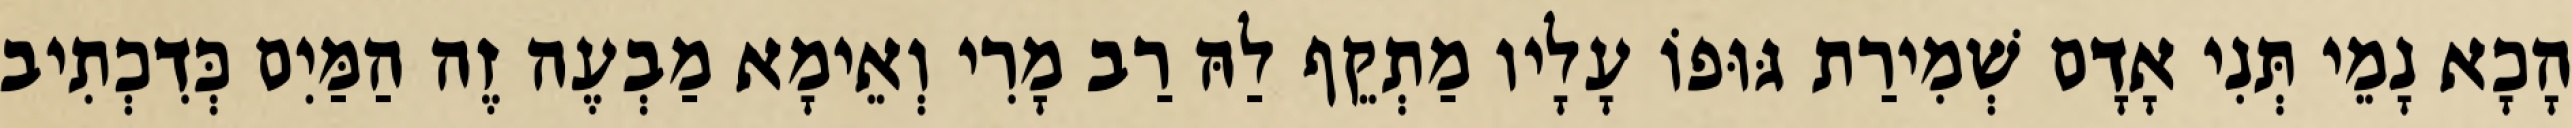
הָכָא נָמֵי תְּנִי אָדָם שְׁמִירַת גּוּפוֹ עָלָיו מַתְקֵף לַהּ רַב מָרִי וְאֵימָא מַבְעֶה זֶה הַמַּיִם כְּדִכְתִיב